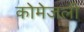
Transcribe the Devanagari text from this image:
कोमेजली